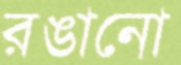
রঙানো